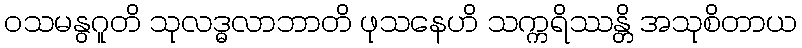
ဝသမနွဂူတိ သုလဒ္ဓလာဘာတိ ဖုသနေဟိ သက္ကရိဿန္တိ အသုစိတာယ